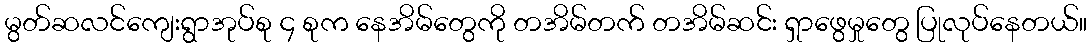
မွတ်ဆလင်ကျေးရွာအုပ်စု ၄ စုက နေအိမ်တွေကို တအိမ်တက် တအိမ်ဆင်း ရှာဖွေမှုတွေ ပြုလုပ်နေတယ်။